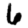
Digit: 6